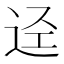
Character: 迳